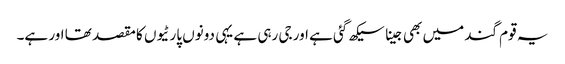
یہ قوم گند میں بھی جینا سیکھ گئی ہے اور جی رہی ہے یہی دونوں پارٹیوں کا مقصد تھا اور ہے۔